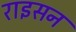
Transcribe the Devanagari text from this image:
राइसन